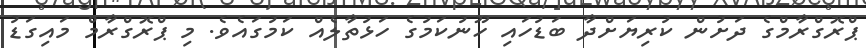
ޕްރޮގްރާމްގެ ދަށުން ކުރިޔަށްދާ ބަޑުހައި ހޫނުކަމުގެ ހަޅުތާލެއް ކަމުގައެވެ. މި ޕްރޮގްރާމް މައިގަޑު